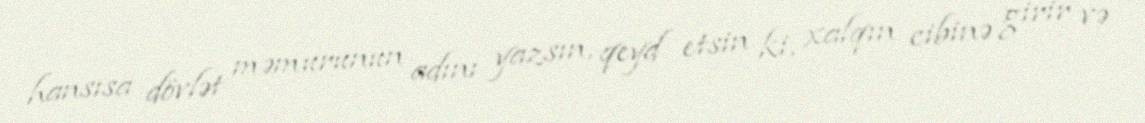
hansısa dövlət məmurunun adını yazsın, qeyd etsin ki, xalqın cibinə girir və